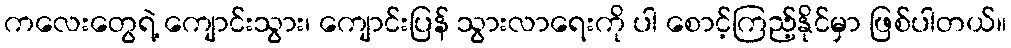
ကလေးတွေရဲ့ ကျောင်းသွား၊ ကျောင်းပြန် သွားလာရေးကို ပါ စောင့်ကြည့်နိုင်မှာ ဖြစ်ပါတယ်။